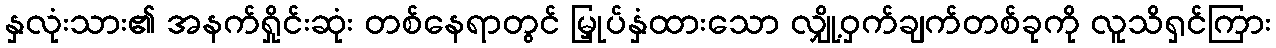
နှလုံးသား၏ အနက်ရှိုင်းဆုံး တစ်နေရာတွင် မြှုပ်နှံထားသော လျှို့ဝှက်ချက်တစ်ခုကို လူသိရှင်ကြား